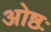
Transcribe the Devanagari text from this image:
ओष्ठः